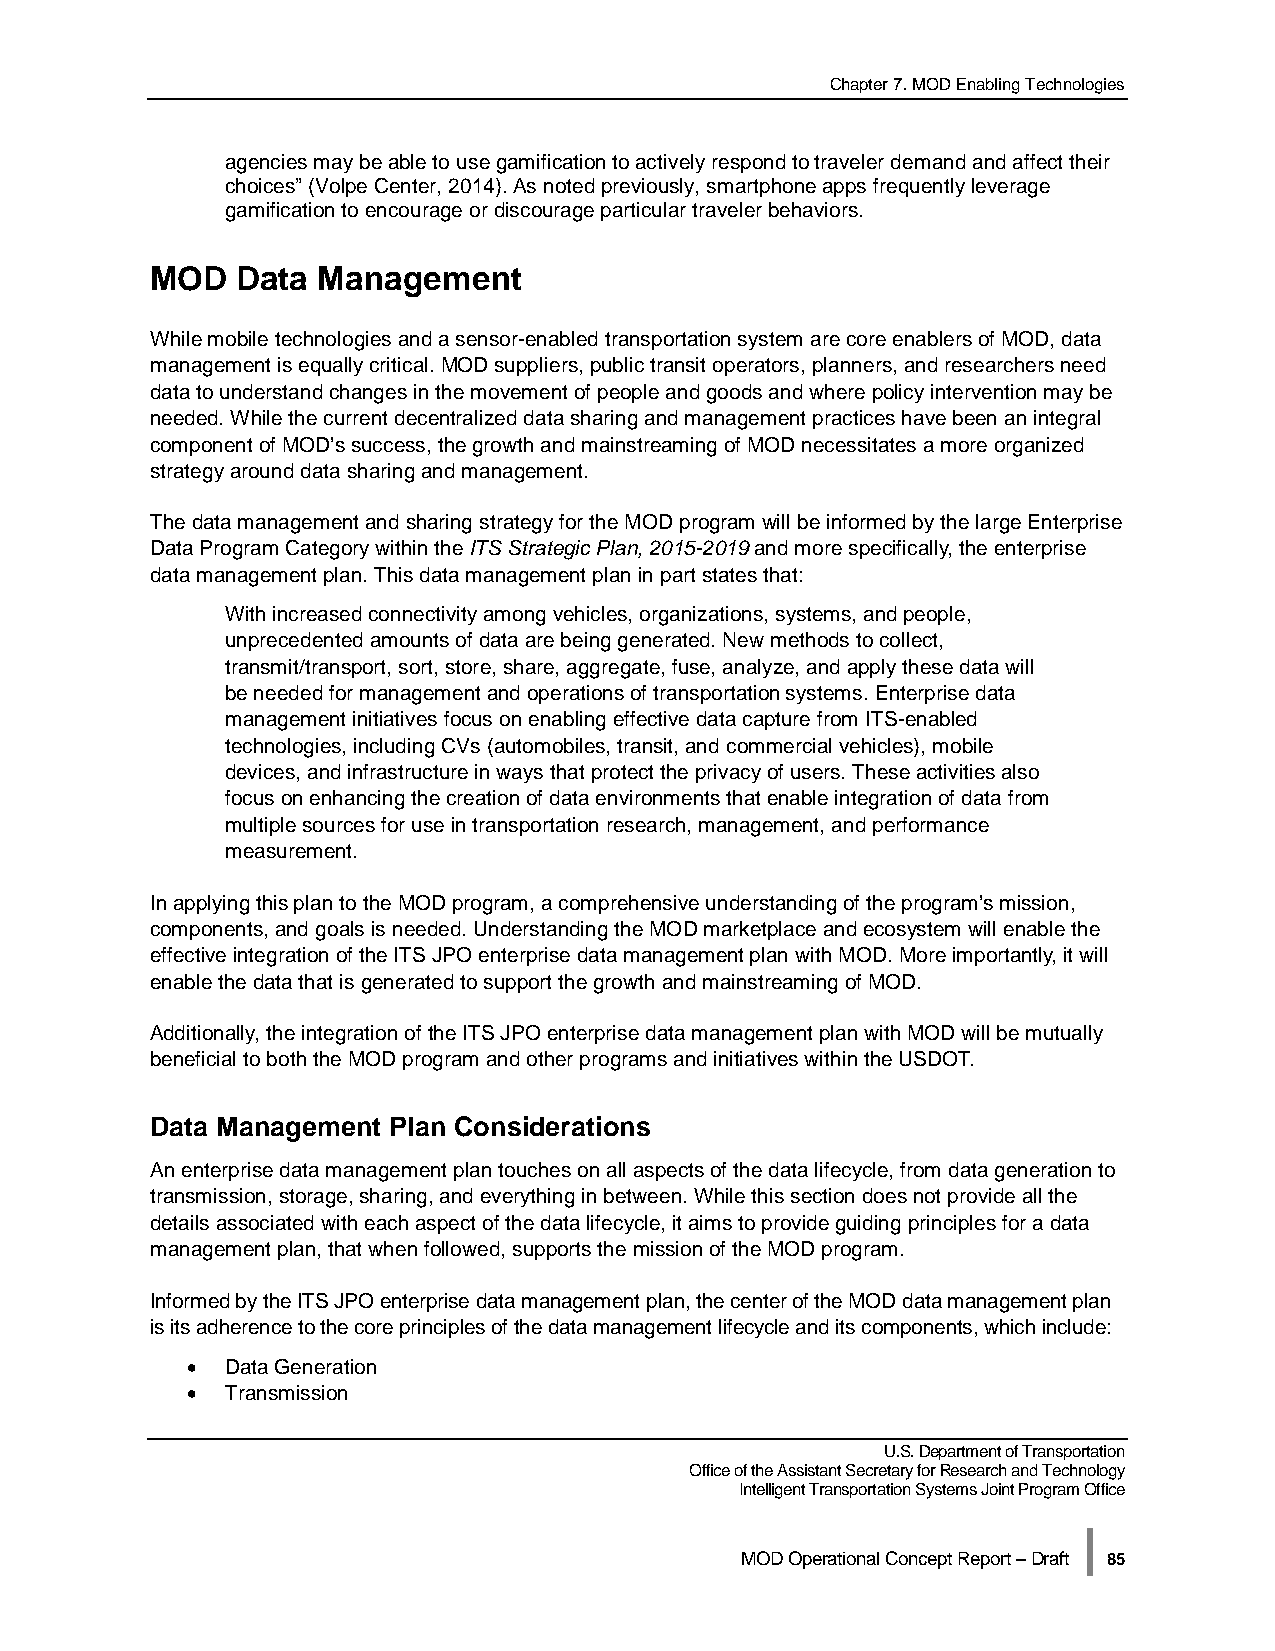
Chapter 7. MOD Enabling Technologies
 agencies may be able to use gamification to actively respond to traveler demand and affect their
 choices” (Volpe Center, 2014). As noted previously, smartphone apps frequently leverage
 gamification to encourage or discourage particular traveler behaviors.
 MOD   Data Management
 While mobile technologies and a sensor-enabled transportation system are core enablers of MOD, data
 management is equally critical. MOD suppliers, public transit operators, planners, and researchers need
 data to understand changes in the movement of people and goods and where policy intervention may be
 needed. While the current decentralized data sharing and management practices have been an integral
 component of MOD’s success, the growth and mainstreaming of MOD necessitates a more organized
 strategy around data sharing and management.
 The data management and sharing strategy for the MOD program will be informed by the large Enterprise
 Data Program Category within the ITS Strategic Plan, 2015-2019 and more specifically, the enterprise
 data management plan. This data management plan in part states that:
 With increased connectivity among vehicles, organizations, systems, and people,
 unprecedented amounts of data are being generated. New methods to collect,
 transmit/transport, sort, store, share, aggregate, fuse, analyze, and apply these data will
 be needed for management and operations of transportation systems. Enterprise data
 management initiatives focus on enabling effective data capture from ITS-enabled
 technologies, including CVs (automobiles, transit, and commercial vehicles), mobile
 devices, and infrastructure in ways that protect the privacy of users. These activities also
 focus on enhancing the creation of data environments that enable integration of data from
 multiple sources for use in transportation research, management, and performance
 measurement.
 In applying this plan to the MOD program, a comprehensive understanding of the program’s mission,
 components, and goals is needed. Understanding the MOD marketplace and ecosystem will enable the
 effective integration of the ITS JPO enterprise data management plan with MOD. More importantly, it will
 enable the data that is generated to support the growth and mainstreaming of MOD.
 Additionally, the integration of the ITS JPO enterprise data management plan with MOD will be mutually
 beneficial to both the MOD program and other programs and initiatives within the USDOT.
 Data Management Plan Considerations
 An enterprise data management plan touches on all aspects of the data lifecycle, from data generation to
 transmission, storage, sharing, and everything in between. While this section does not provide all the
 details associated with each aspect of the data lifecycle, it aims to provide guiding principles for a data
 management plan, that when followed, supports the mission of the MOD program.
 Informed by the ITS JPO enterprise data management plan, the center of the MOD data management plan
 is its adherence to the core principles of the data management lifecycle and its components, which include:
 •  Data Generation
 •  Transmission
 U.S. Department of Transportation
 Office of the Assistant Secretary for Research and Technology
 Intelligent Transportation Systems Joint Program Office
 |
 MOD Operational Concept Report – Draft 85